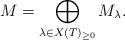
LaTeX: \begin{align*}M = \bigoplus_{\lambda \in X(T)_{\geq 0}} M_{\lambda}.\end{align*}